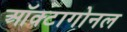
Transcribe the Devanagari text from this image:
ऑक्टागोनल